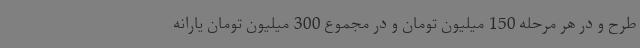
طرح و در هر مرحله 150 میلیون تومان و در مجموع 300 میلیون تومان یارانه